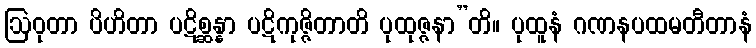
ဩဝုတာ ပိဟိတာ ပဋိစ္ဆန္နာ ပဋိကုဇ္ဇိတာတိ ပုထုဇ္ဇနာ”တိ။ ပုထူနံ ဂဏနပထမတီတာနံ